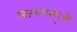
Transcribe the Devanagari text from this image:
अजरामरकृती